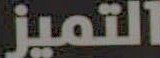
التميز